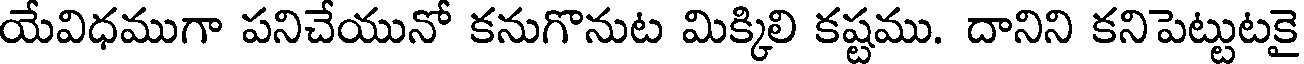
యేవిధముగా పనిచేయునో కనుగొనుట మిక్కిలి కష్టము. దానిని కనిపెట్టుటకై